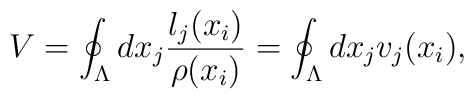
V=\oint_{\Lambda}d x_j \frac{l_j(x_i)}{\rho (x_i)}=\oint_{\Lambda}d x_jv_j(x_i),